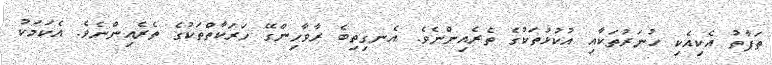
ތަފާތު އެކިއެކި ހުނަރުތަކާއި އުކުޅުތަކުގެ ތެރެއިންނެވެ. އެނގިތިބެ ރާވާހިންގޭ ހަރަކާތްތަކުގެ ތެރެއިންނެވެ. އެކަމަކު